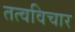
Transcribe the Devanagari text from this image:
तत्वविचार